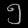
Digit: ၅